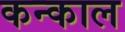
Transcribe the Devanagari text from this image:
कन्काल